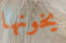
يخونها